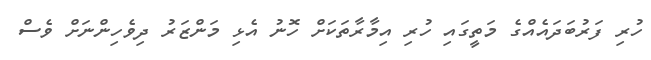
ހުރި ފަރުބަދައެއްގެ މަތީގައި ހުރި އިމާރާތަކަށް ހޮނު އެޅި މަންޒަރު ދިވެހިންނަށް ވެސް